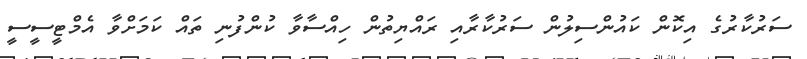
ސަރުކާރުގެ އިކޮން ކައުންސިލުން ސަރުކާރާއި ރައްޔިތުން ހިއްސާވާ ކުންފުނި ތައް ކަމަށްވާ އެމްޓީސީސީ